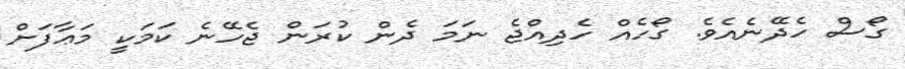
ގޯސް ހެދޭނެއެވެ. ގޯހެއް ހެދިއްޖެ ނަމަ ދެން ކުރަން ޖެހޭނެ ކަމަކީ މަޢާފަށް